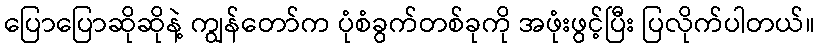
ပြောပြောဆိုဆိုနဲ့ ကျွန်တော်က ပုံစံခွက်တစ်ခုကို အဖုံးဖွင့်ပြီး ပြလိုက်ပါတယ်။